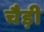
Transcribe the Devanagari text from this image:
चैड़ी